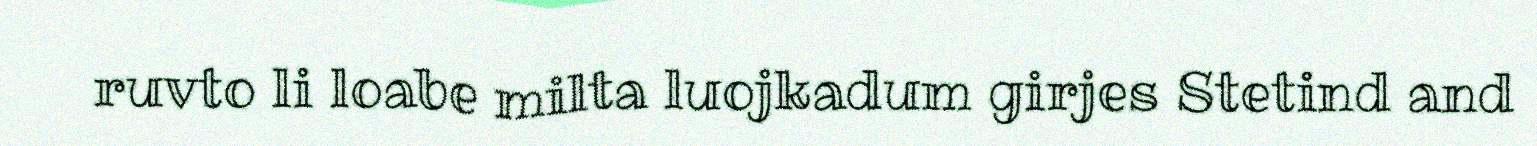
ruvto li loabe milta luojkadum girjes Stetind and